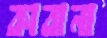
কাবানা